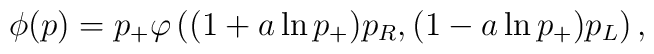
\phi(p) = p_+ \varphi\left( (1 + a \ln p_+) p_R, (1 - a \ln p_+) p_L \right),